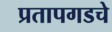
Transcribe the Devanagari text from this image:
प्रतापगडचे